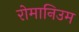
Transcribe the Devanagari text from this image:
रोमानिउम